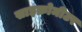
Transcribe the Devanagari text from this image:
साइक्रोमीटर